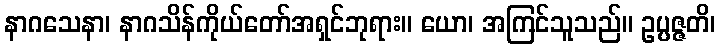
နာဂသေနာ၊ နာဂသိန်ကိုယ်တော်အရှင်ဘုရား။ ယော၊ အကြင်သူသည်။ ဥပ္ပဇ္ဇတိ၊